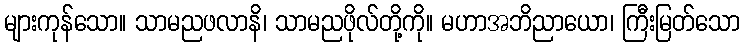
များကုန်သော။ သာမညဖလာနိ၊ သာမညဖိုလ်တို့ကို။ မဟာအဘိညာယော၊ ကြီးမြတ်သော